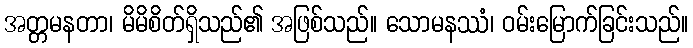
အတ္တမနတာ၊ မိမိစိတ်ရှိသည်၏ အဖြစ်သည်။ သောမနဿံ၊ ဝမ်းမြောက်ခြင်းသည်။